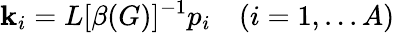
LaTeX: \mathbf{k}_{i}=L[\beta(G)]^{-1}p_{i}\quad(i=1,...A)